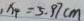
x _ { 4 } = 5 . 9 7 c m